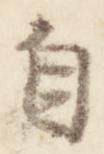
自